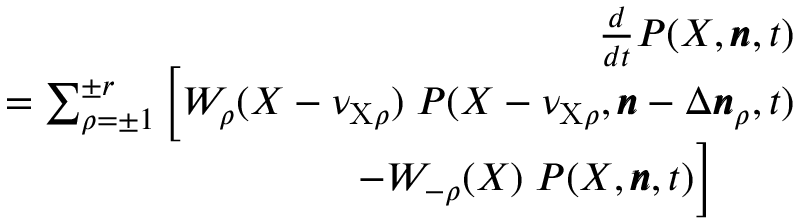
\begin{array} { r l r } & { } & { \frac { d } { d t } P ( X , \pmb { n } , t ) } \\ & { } & { = \sum _ { \rho = \pm 1 } ^ { \pm r } \Big [ W _ { \rho } ( X - \nu _ { \mathrm { X } \rho } ) \; P ( X - \nu _ { \mathrm { X } \rho } , \pmb { n } - \Delta \pmb { n } _ { \rho } , t ) } \\ & { } & { \qquad \quad - W _ { - \rho } ( X ) \; P ( X , \pmb { n } , t ) \Big ] \qquad } \end{array}